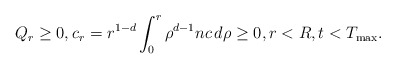
\begin{align*}Q_{r} \ge0, c_{r} =r^{1-d}\int_{0}^{r}\rho^{d-1}nc\,d\rho \ge0, r<R, t<T_{\rm max}.\end{align*}